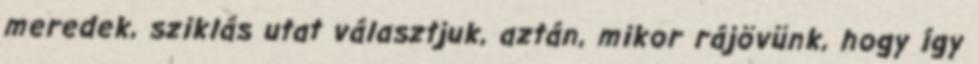
meredek, sziklás utat választjuk, aztán, mikor rájövünk, hogy így